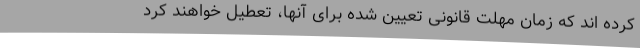
کرده اند که زمان مهلت قانونی تعیین شده برای آنها، تعطیل خواهند کرد